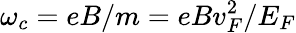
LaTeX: \omega_{c}={eB}/{m}=eBv_{F}^{2}/E_{F}